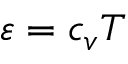
\varepsilon = c _ { v } T